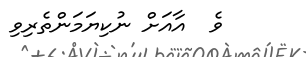
ވެ  އާއަށް ނުކިޔަމަންތެރިވި